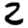
Digit: 2